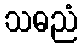
သဓညံ